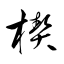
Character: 楔